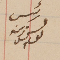
رئيس يوسف زينه